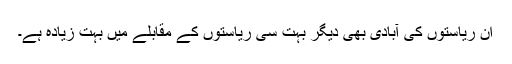
ان ریاستوں کی آبادی بھی دیگر بہت سی ریاستوں کے مقابلے میں بہت زیادہ ہے۔